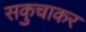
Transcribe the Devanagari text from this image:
सकुचाकर